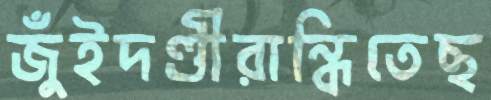
জুঁইদণ্ডীরান্ধিতেছ